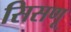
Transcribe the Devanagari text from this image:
सिसणू